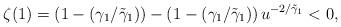
LaTeX: \begin{align*}\zeta(1)=\left(1-(\gamma_1 / \tilde{\gamma}_1)\right)-\left(1-(\gamma_1 / \tilde{\gamma}_1)\right)u^{-2/\tilde{\gamma}_1}<0,\end{align*}